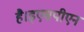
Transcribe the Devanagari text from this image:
है।इएसपीएन